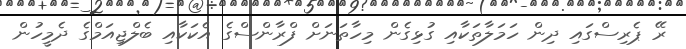
ރޭ ޕެރިސްގައި ދިން ހަމަލާތަކާއި ގުޅިގެން މިހާތަނަށް ފްރާންސްގެ އެކަކާއި ބެލްޖިއަމްގެ ދެމީހުން